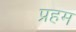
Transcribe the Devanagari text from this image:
प्रहम